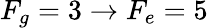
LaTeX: F_{g}=3\rightarrow F_{e}=5